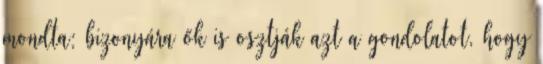
mondta: bizonyára ők is osztják azt a gondolatot, hogy